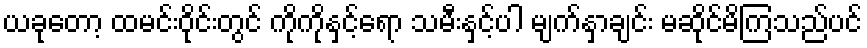
ယခုတော့ ထမင်းဝိုင်းတွင် ကိုကိုနှင့်ရော သမီးနှင့်ပါ မျက်နှာချင်း မဆိုင်မိကြသည်ပင်